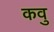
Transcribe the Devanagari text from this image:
कवु